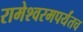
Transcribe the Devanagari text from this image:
रामेश्वरमपर्यंतच